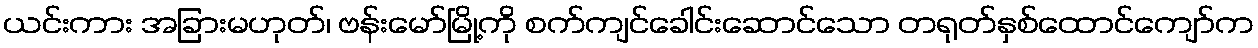
ယင်းကား အခြားမဟုတ်၊ ဗန်းမော်မြို့ကို စက်ကျင်ခေါင်းဆောင်သော တရုတ်နှစ်ထောင်ကျော်က